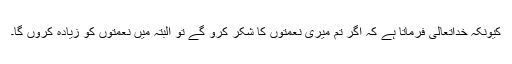
کیونکہ خداتعالیٰ فرماتا ہے کہ اگر تم میری نعمتوں کا شکر کرو گے تو البتہ میں نعمتوں کو زیادہ کروں گا۔